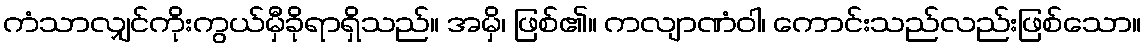
ကံသာလျှင်ကိုးကွယ်မှီခိုရာရှိသည်။ အမှိ၊ ဖြစ်၏။ ကလျာဏံဝါ၊ ကောင်းသည်လည်းဖြစ်သော။